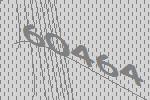
60464